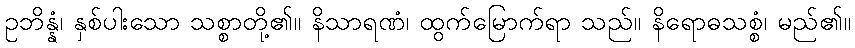
ဥဘိန္နံ၊ နှစ်ပါးသော သစ္စာတို့၏။ နိသာရဏံ၊ ထွက်မြောက်ရာ သည်။ နိရောဓသစ္စံ၊ မည်၏။